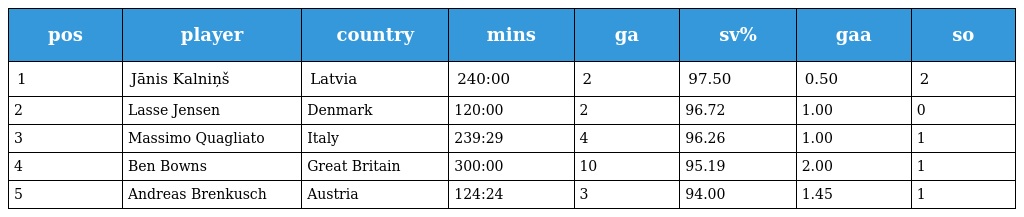
| pos | player | country | mins | ga | sv% | gaa | so |
 | --- | --- | --- | --- | --- | --- | --- | --- |
 | 1 | Jānis Kalniņš | Latvia | 240:00 | 2 | 97.50 | 0.50 | 2 |
 | 2 | Lasse Jensen | Denmark | 120:00 | 2 | 96.72 | 1.00 | 0 |
 | 3 | Massimo Quagliato | Italy | 239:29 | 4 | 96.26 | 1.00 | 1 |
 | 4 | Ben Bowns | Great Britain | 300:00 | 10 | 95.19 | 2.00 | 1 |
 | 5 | Andreas Brenkusch | Austria | 124:24 | 3 | 94.00 | 1.45 | 1 |